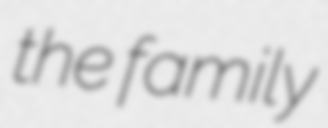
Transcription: the family